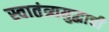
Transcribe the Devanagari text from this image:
स्वातंत्र्ययुद्धाची